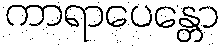
ကာရာပေန္တော